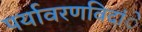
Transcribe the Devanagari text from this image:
पर्यावरणविदांे